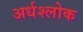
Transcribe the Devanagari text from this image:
अर्धश्लोक